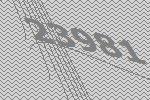
23981